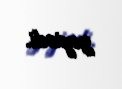
geyindi.